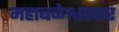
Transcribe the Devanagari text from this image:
महाबळेश्वरकर